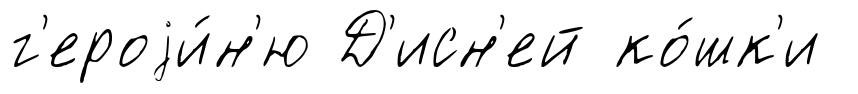
г'ероjи́н'ю Д'исн'ей ко́шк'и